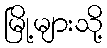
မြို့များသို့